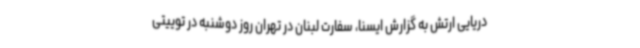
دریایی ارتش به گزارش ایسنا، سفارت لبنان در تهران روز دوشنبه در توییتی